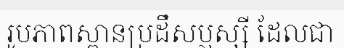
រូបភាពស្ពានប្រដឹសប្ញស្សី ដែលជា